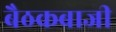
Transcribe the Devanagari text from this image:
बैठकबाजी